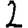
Digit: 2